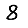
Digit: 8